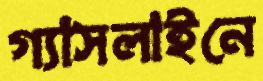
গ্যাসলাইনে